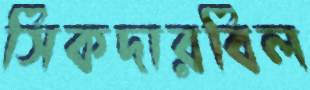
সিকদারবিল